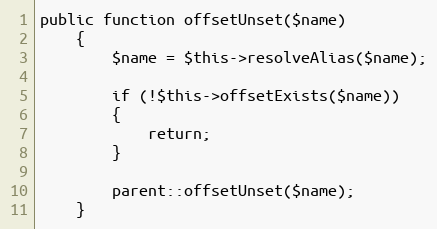
Language: PHP
public function offsetUnset($name)
	{
		$name = $this->resolveAlias($name);

		if (!$this->offsetExists($name))
		{
			return;
		}

		parent::offsetUnset($name);
	}